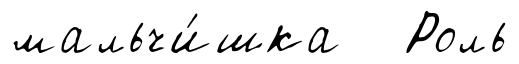
мальчи́шка Роль